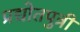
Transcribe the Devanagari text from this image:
प्रद्योतपुत्री